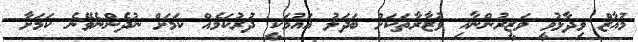
މުއާޒް ވިދާޅުވީ ވަޒީރުންނާއި ވުޒާރާތަކަށް ބަދަލު އައުމަކީ ދުރުކަމެއް ކަމަށް ނުދެންނެވޭނެ ކަމަށާ